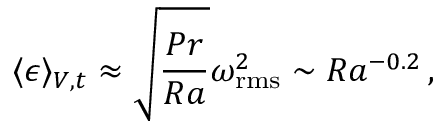
\langle \epsilon \rangle _ { V , t } \approx \sqrt { \frac { P r } { R a } } \omega _ { \mathrm { r m s } } ^ { 2 } \sim R a ^ { - 0 . 2 } \, ,